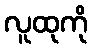
လူထုကို